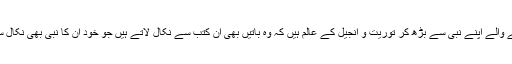
کیا محمد صلعم کے ماننے والے اپنے نبی سے بڑھ کر توریت و انجیل کے عالم ہیں کہ وہ باتیں بھی ان کتب سے نکال لاتے ہیں جو خود ان کا نبی بھی نکال سکا نہ کبھی پیش کر سکا۔